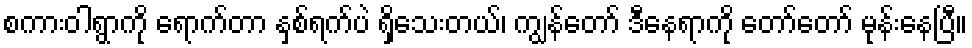
စကားဝါရွာကို ရောက်တာ နှစ်ရက်ပဲ ရှိသေးတယ်၊ ကျွန်တော် ဒီနေရာကို တော်တော် မုန်းနေပြီ။